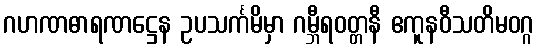
ဂဟဏဓာရဏဋ္ဌေန ဥပသင်္ကမိမှာ ဂမ္ဘီရဝတ္တနီ ဧကူနဝီသတိမဝဂ္ဂ